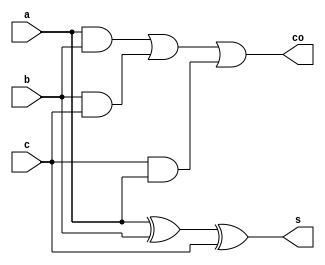
`timescale 1ns / 1ps
//////////////////////////////////////////////////////////////////////////////////
// Company: 
// Engineer: 
// 
// Design Name: 
// Module Name:    CSA_3 
// Project Name: 
// Target Devices: 
// Tool versions: 
// Description: 
//
// Dependencies: 
//
// Revision: 
// Revision 0.01 - File Created
// Additional Comments: 
//
//////////////////////////////////////////////////////////////////////////////////
module CSA_3(
    input a,
    input b,
    input c,
    output s,
    output co
    );

wire s1;
xor M1 (s1,a,b);
xor M2 (s,s1,c);
assign co=(a&b)|(b&c)|(c&a);

endmodule